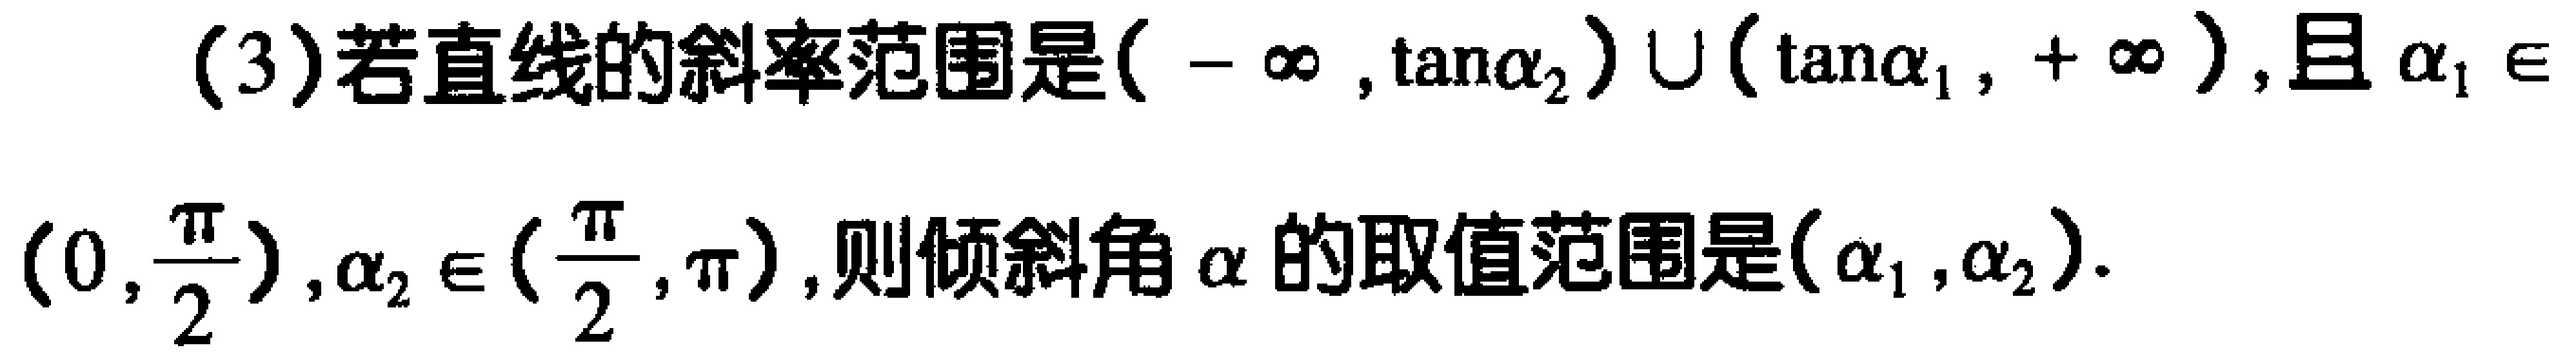
(3)若直线的斜率范围是$(-\infty,\tan\alpha_{2})\cup(\tan\alpha_{1},+\infty)$，且$\alpha_{1}\in\left(0,\frac{\pi}{2}\right),\alpha_{2}\in\left(\frac{\pi}{2},\pi\right)$，则倾斜角$\alpha$的取值范围是$(\alpha_{1},\alpha_{2})$.